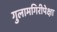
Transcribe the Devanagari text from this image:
गुलामगिरीपेक्षा